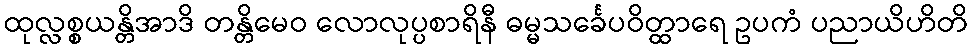
ထုလ္လစ္စယန္တိအာဒိ တန္တိမေဝ လောလုပ္ပစာရိနီ ဓမ္မသင်္ခေပဝိတ္ထာရေ ဥပကံ ပညာယိဟိတိ